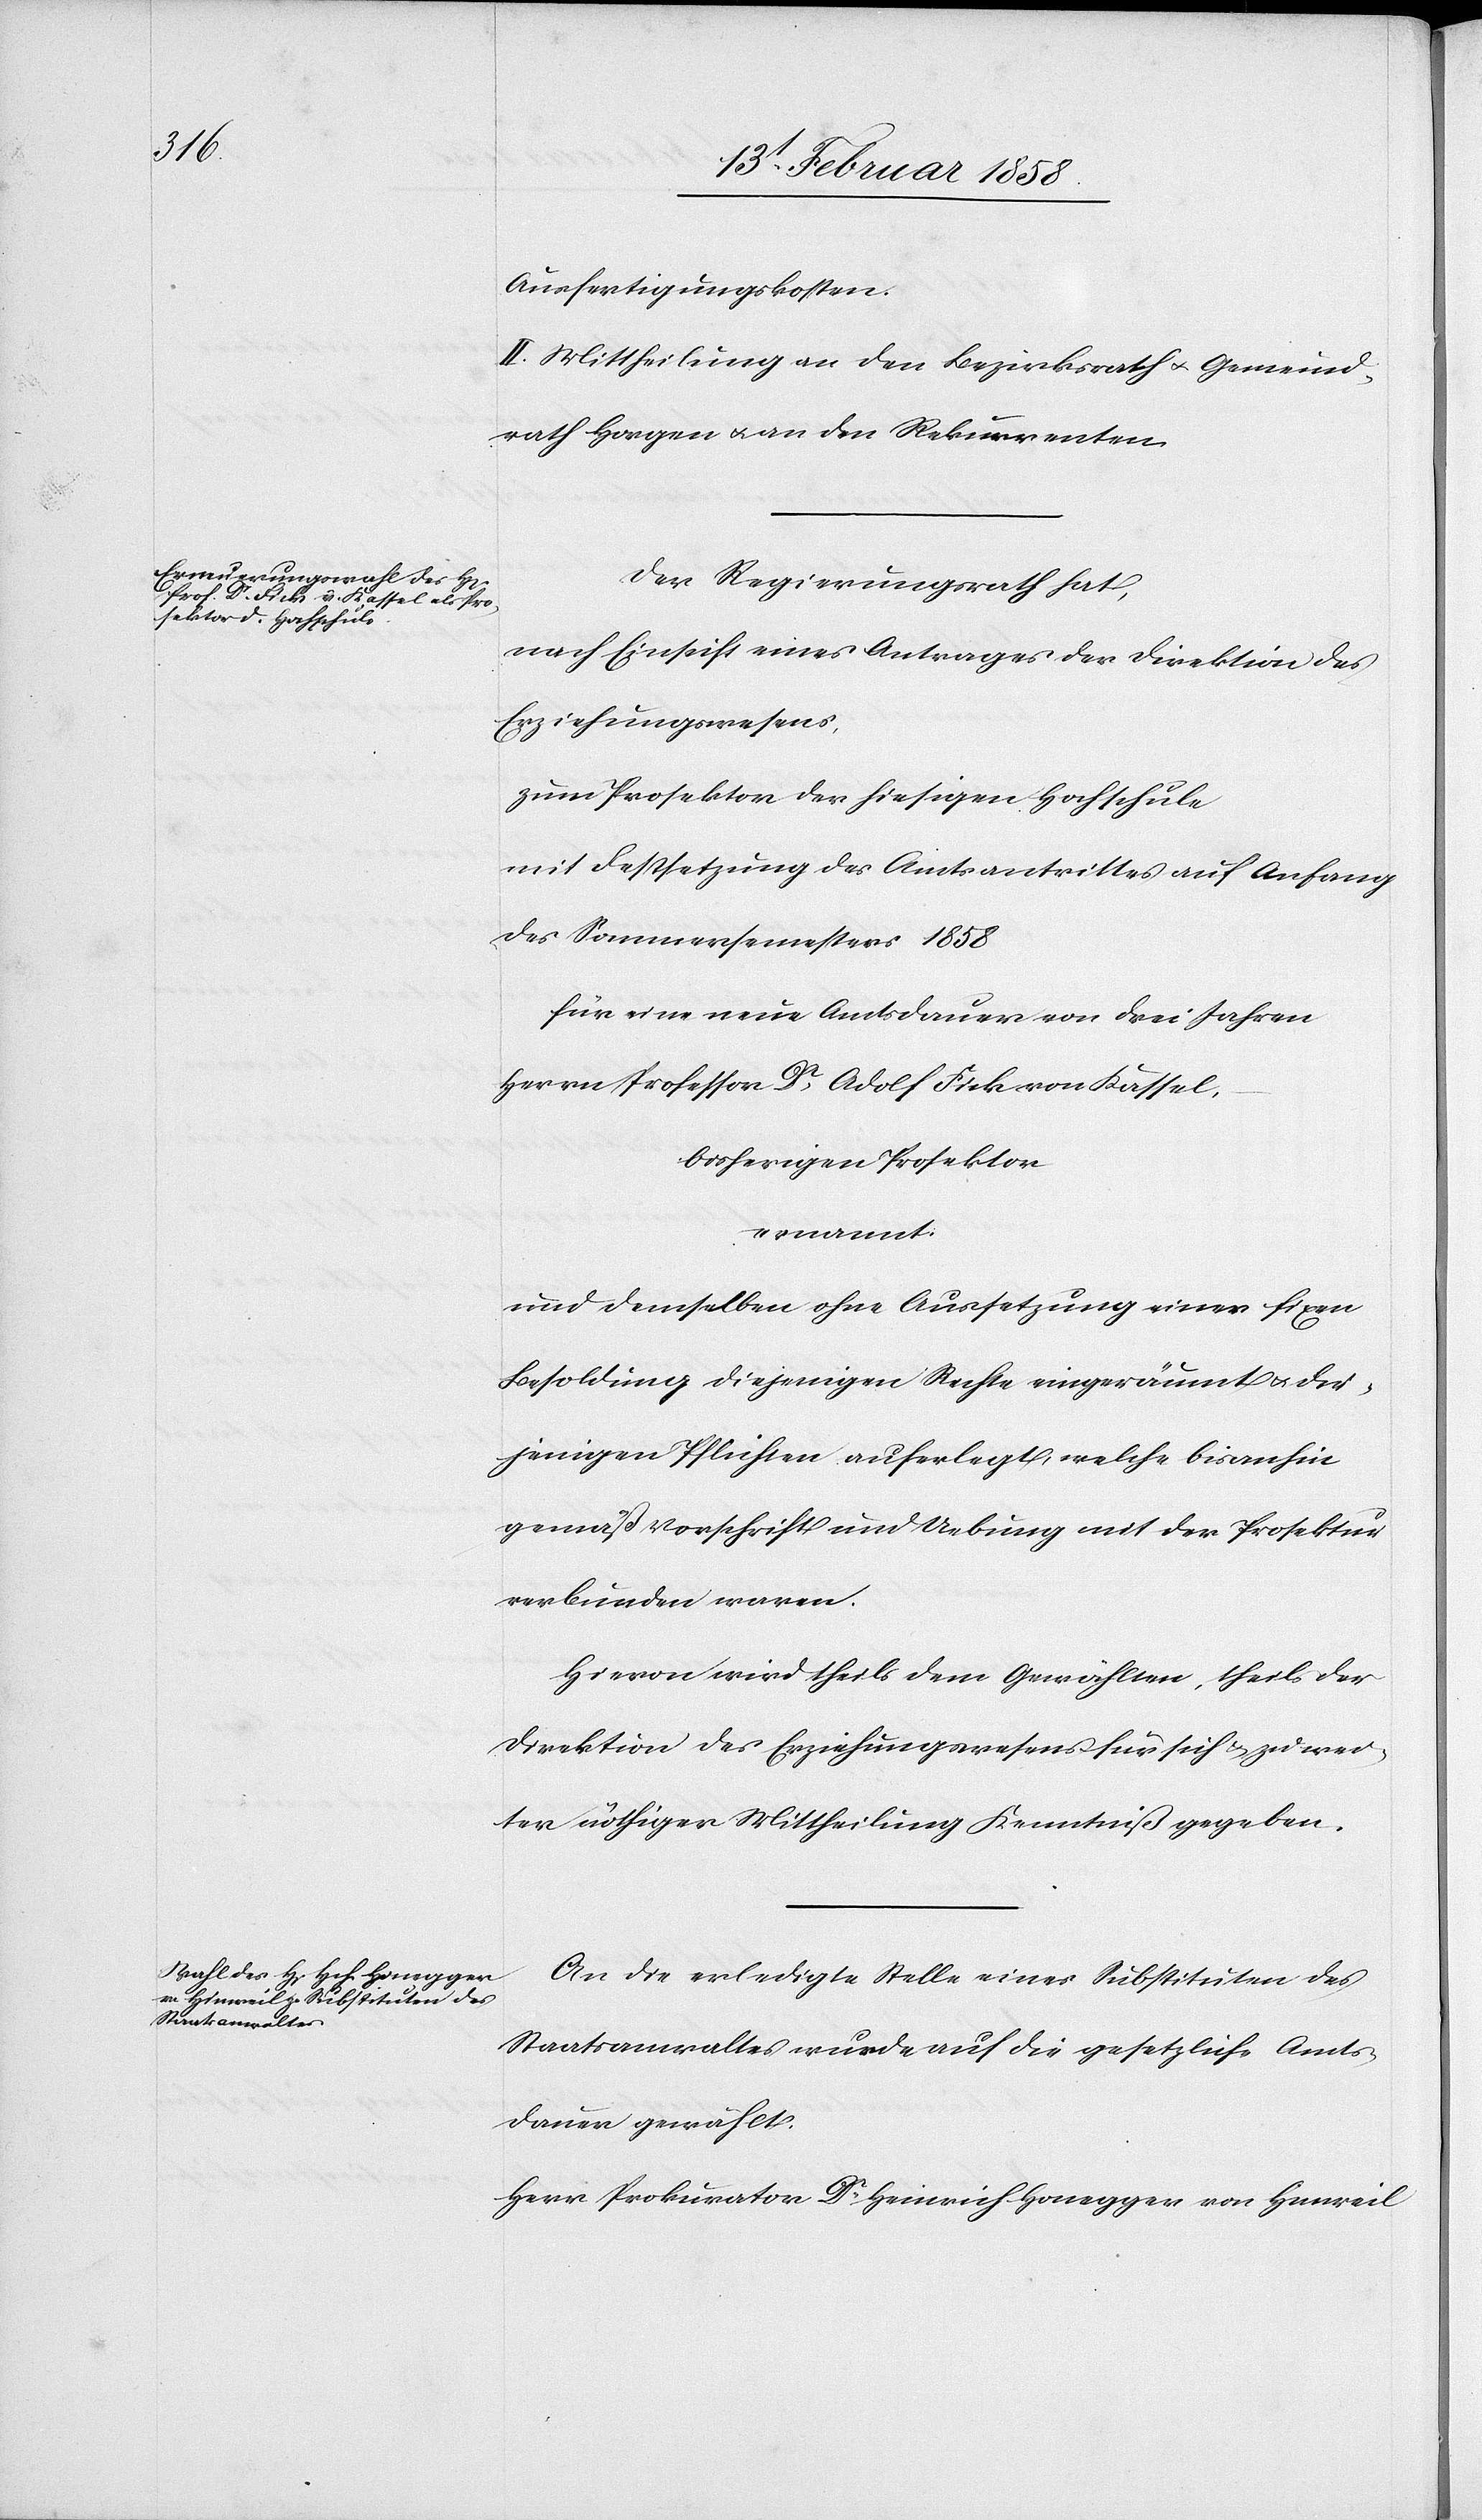
Ausfertigungskosten.
III.] Mittheilung an den Bezirksrath u. Gemeind¬
rath Horgen u. an den Rekurrenten.
Der Regierungsrath hat,
nach Einsicht eines Antrages der Direktion des
Erziehungswesens,
zum Prosektor der hiesigen Hochschule
mit Festsetzung des Amtsantrittes auf Anfang
des Sommersemesters 1858
für eine neue Amtsdauer von drei Jahren
Herrn Professor Dr Adolf Fick von Kassel,
bisherigen Prosektor
ernannt.
und demselben ohne Aussetzung einer fixen
Besoldung diejenigen Rechte eingeräumt u. die¬
jenigen Pflichten auferlegt, welche bisanhin
gemäß Vorschrift und Uebung mit der Prosektur
verbunden waren.
Hievon wird theils dem Gewählten, theils der
Direktion des Erziehungswesens für sich u. zu wei¬
ter nöthiger Mittheilung Kenntniß gegeben.
An die erledigte Stelle eines Substituten des
Staatsanwaltes wurde auf die gesetzliche Amts¬
dauer gewählt:
Herr Prokurator Dr Heinrich Honegger von Hinweil